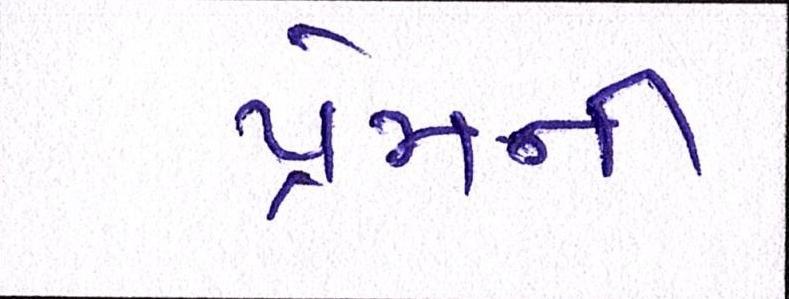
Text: પ્રેમની